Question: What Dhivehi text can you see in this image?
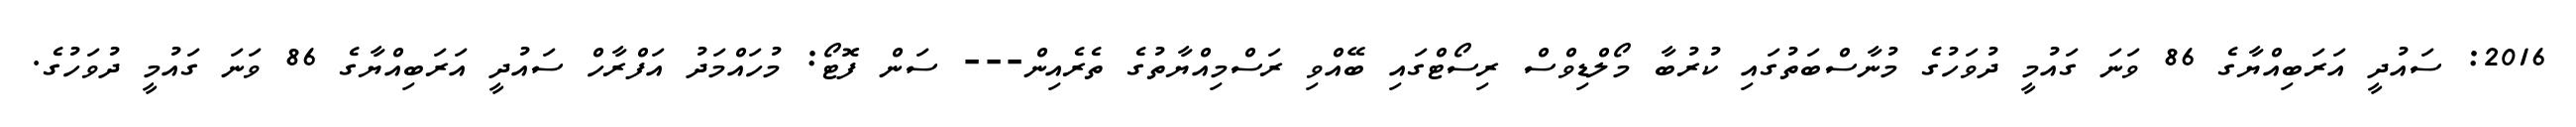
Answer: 2016: ސައުދީ އަރަބިއްޔާގެ 86 ވަނަ ގައުމީ ދުވަހުގެ މުނާސްބަތުގައި ކުރުބާ މޯލްޑިވްސް ރިސޯޓްގައި ބޭއްވި ރަސްމިއްޔާތުގެ ތެރެއިން--- ސަން ފޮޓޯ: މުހައްމަދު އަފްރާހް ސައުދީ އަރަބިއްޔާގެ 86 ވަނަ ގައުމީ ދުވަހުގެ.